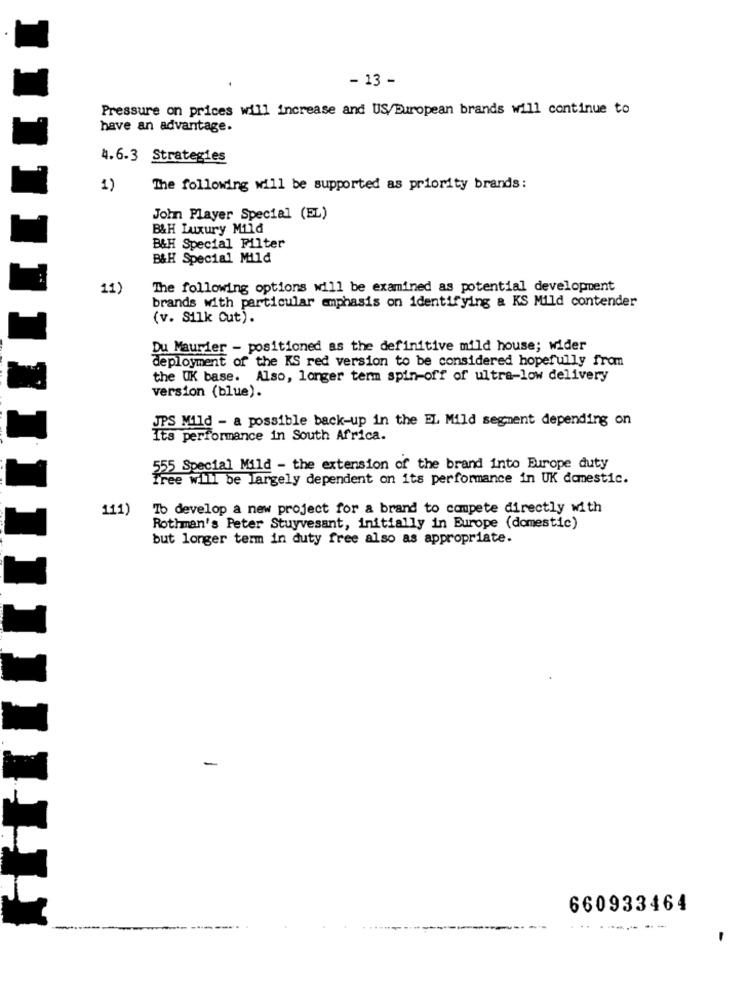
- 13 -
Pressure on prices will increase and US/European brands will continue to
have an advantage.
4.6.3 Strategies
1)
The following will be supported as priority brands:
John Player Special (EL)
B&H Luxury Mild
B&H Special Filter
B&H Special Mild
11)
The following options will be examined as potential development
brands with particular emphasis on identifying & KS Mild contender
(v. Silk Cut).
Du Maurier - positioned as the definitive mild house; wider
deployment of the KS red version to be considered hopefully from
the UK base. Also, longer term spin-off of ultra-low delivery
version (blue).
JPS Mild - a possible back-up in the EL Mild segment depending on
Its performance in South Africa.
555 Special Mild - the extension of the brand into Europe duty
Free will be largely dependent on its performance in UK domestic.
111)
Tb develop a new project for a brand to compete directly with
Rothman's Peter Stuyvesant, initially in Europe (domestic)
but longer term in duty free also as appropriate.
-
660933464